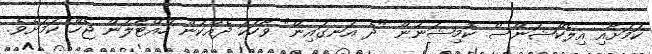
ކަމަށާއި އިލެކްޝަންސް ކޮމިޝަނުން "ދެ އަނގައިން" ވާހަކަ ދެއްކުން ހުއްޓާލަން ޖެހޭ ކަމަށެވެ.